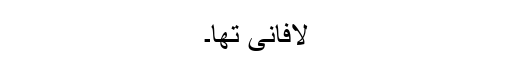
لافانی تھا۔